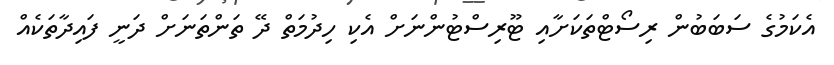
އެކަމުގެ ސަބަބުން ރިސޯޓްތަކަށާއި ޓޫރިސްޓުންނަށް އެކި ހިދުމަތް ދޭ ތަންތަނަށް ދަނީ ފައިދާތަކެއް